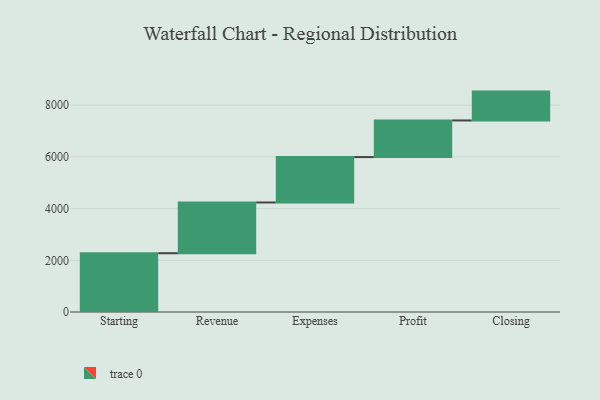
{"axis": {"x": "Step", "y": "Value"}, "legend": [""], "data": [{"x": "Starting", "y": 2274.0, "type": ""}, {"x": "Revenue", "y": 1963.0, "type": ""}, {"x": "Expenses", "y": 1757.0, "type": ""}, {"x": "Profit", "y": 1417.0, "type": ""}, {"x": "Closing", "y": 1116.0, "type": ""}]}